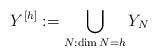
LaTeX: \begin{align*}Y^{[h]}:=\bigcup_{N :\dim N=h} Y_N\end{align*}